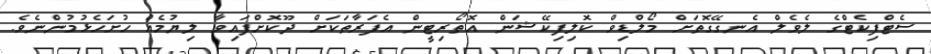
ސެޓްފިކެޓްގެ ލެވެލް އެނގޭގޮތަށް މޯލްޑިވް ކޮލިފިކޭޝަން އޮތޯރިޓީން އެފަރާތަކަށް ދޫކޮށްފައިވާ ލިޔުމެއް ހުށަހެޅުމުންނެވެ.